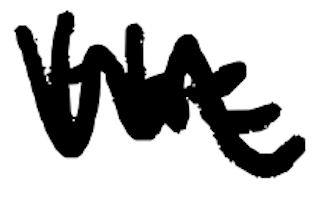
Text: the
Cross-out: zig-zag
Writing tool: digital_black